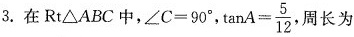
3.在Rt\bigtriangleup ABC中，$$∠ C = 9 0 °$$， $$tan A = \frac { 5 } { 1 2 }$$，周长为